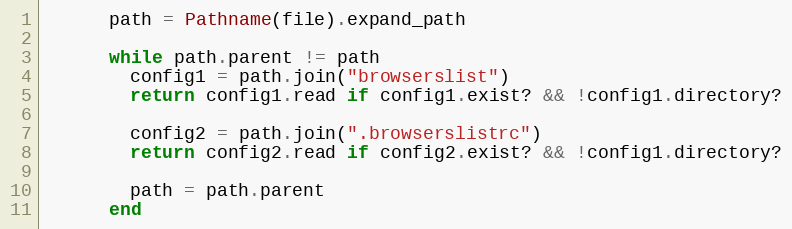
Language: Ruby
      path = Pathname(file).expand_path

      while path.parent != path
        config1 = path.join("browserslist")
        return config1.read if config1.exist? && !config1.directory?

        config2 = path.join(".browserslistrc")
        return config2.read if config2.exist? && !config1.directory?

        path = path.parent
      end